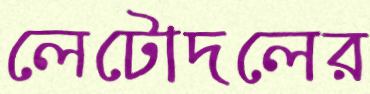
লেটোদলের